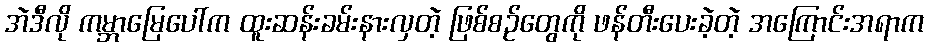
အဲဒီလို ကမ္ဘာမြေပေါ်က ထူးဆန်းခမ်းနားလှတဲ့ ဖြစ်စဉ်တွေကို ဖန်တီးပေးခဲ့တဲ့ အကြောင်းအရာက